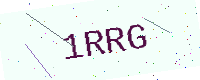
Text: 1RRG